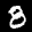
Label: 8